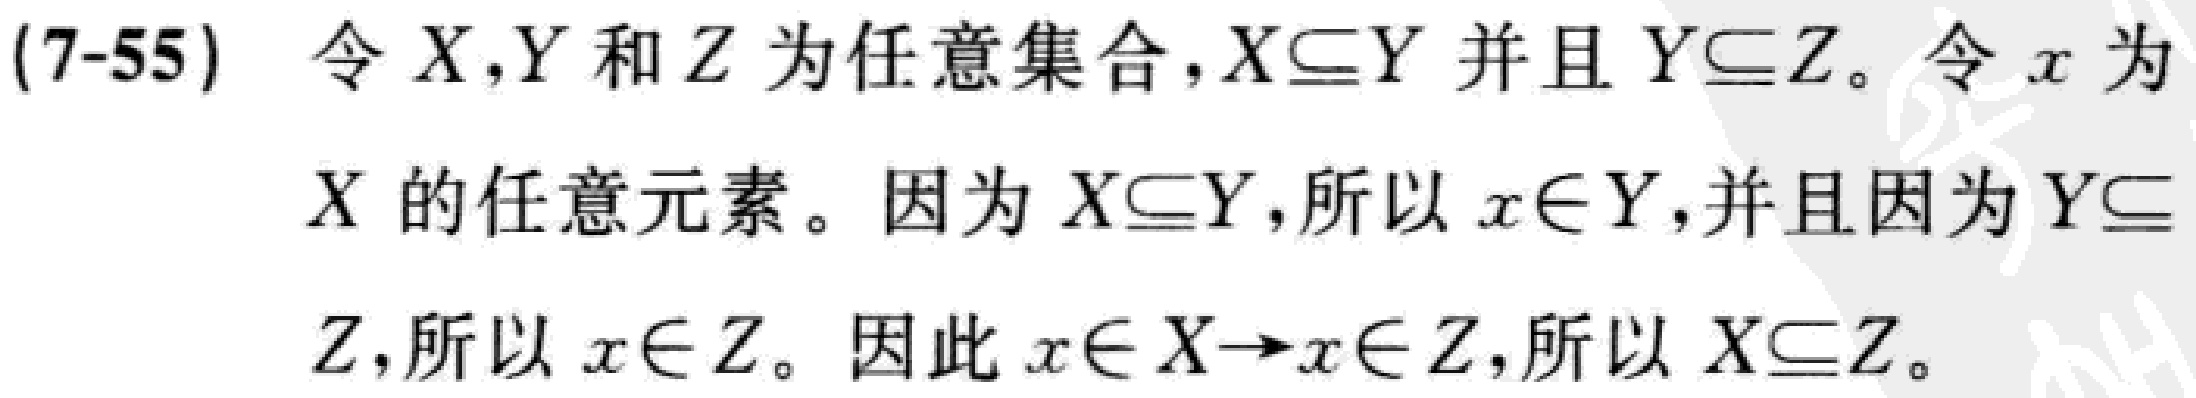
(7-55) 令 \(X,Y\) 和 \(Z\) 为任意集合，\(X\subseteq Y\) 并且 \(Y\subseteq Z\)。令 \(x\) 为 \(X\) 的任意元素。因为 \(X\subseteq Y\)，所以 \(x\in Y\)，并且因为 \(Y\subseteq Z\)，所以 \(x\in Z\)。因此 \(x\in X\rightarrow x\in Z\)，所以 \(X\subseteq Z\)。